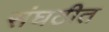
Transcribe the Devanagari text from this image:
संघठीत